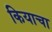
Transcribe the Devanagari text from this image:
कियाचा